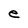
Character: e